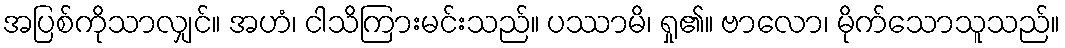
အပြစ်ကိုသာလျှင်။ အဟံ၊ ငါသိကြားမင်းသည်။ ပဿာမိ၊ ရှု၏။ ဗာလော၊ မိုက်သောသူသည်။